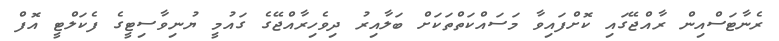
ރެނާޓަސްއިން ރާއްޖޭގައި ކޮށްފައިވާ މަސައްކަތްތަކަށް ބަލާއިރު ދިވެހިރާއްޖޭގެ ގައުމީ ޔުނިވާސިޓީގެ ފެކަލްޓީ އޮފް